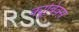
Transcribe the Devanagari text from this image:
क्यूबिक्स